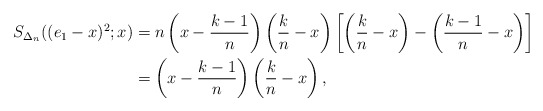
\begin{align*}S_{\Delta_n}((e_1-x)^2;x)&=n\left(x-\frac{k-1}{n}\right)\left(\frac{k}{n}-x\right)\left[\left(\frac{k}{n}-x\right)-\left(\frac{k-1}{n}-x\right)\right]\\&=\left(x-\frac{k-1}{n}\right)\left(\frac{k}{n}-x\right),\end{align*}